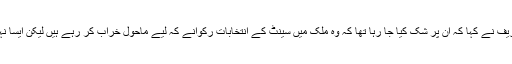
نواز شریف نے کہا کہ ان پر شک کیا جا رہا تھا کہ وہ ملک میں سینٹ کے انتخابات رکوانے کہ لیے ماحول خراب کر رہے ہیں لیکن ایسا نہیں ہے۔